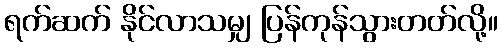
ရက်ဆက် နိုင်လာသမျှ ပြန်ကုန်သွားတတ်လို့။